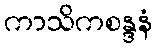
ကာသိကစန္ဒနံ